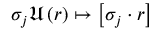
\sigma _ { j } \mathfrak { U } \left( r \right) \mapsto \left[ \sigma _ { j } \cdot r \right]